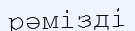
рәмізді